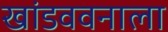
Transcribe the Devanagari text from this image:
खांडववनाला